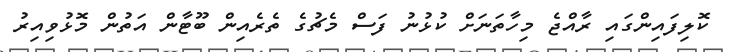
ކޮލިފައިންގައި ރާއްޖެ މިހާތަނަށް ކުޅުނު ފަސް މެޗުގެ ތެރެއިން ބޫޓާން އަތުން މޮޅުވިއިރު